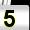
Digit: 5